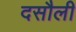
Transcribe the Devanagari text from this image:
दसौली